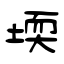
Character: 堧